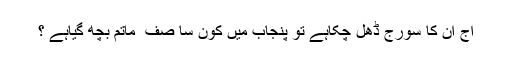
آج اُن کا سورج ڈھل چکاہے تو پنجاب میں کون سا صف ِ ماتم بچھ گیاہے ؟